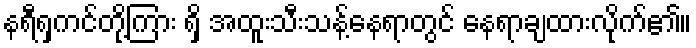
နရီရှကင်တို့ကြား ရှိ အထူးသီးသန့်နေရာတွင် နေရာချထားလိုက်၏။